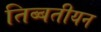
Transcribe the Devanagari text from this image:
तिब्‍बतीयन